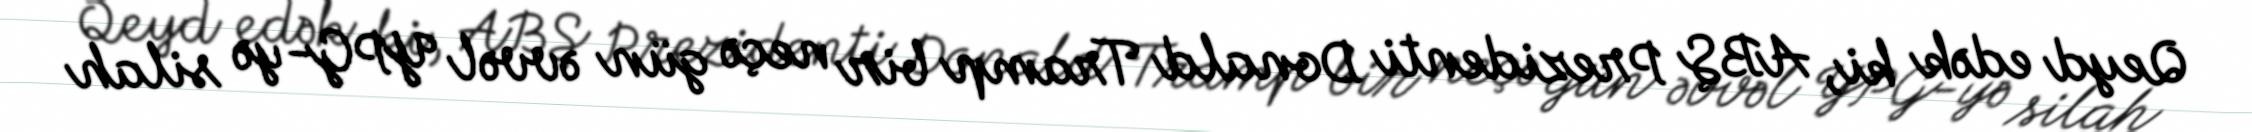
Qeyd edək ki, ABŞ Prezidenti Donald Tramp bir neçə gün əvvəl YPG-yə silah